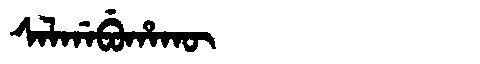
Manchu: ᠰᠠᠯᡤᠠᠪᡠᡥᠠᡴᡡ
Romanization: SALGABUHAKŪ